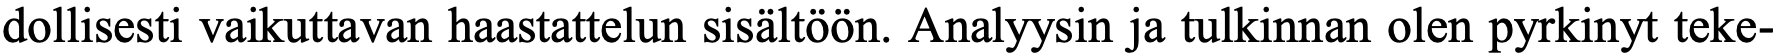
dollisesti vaikuttavan haastattelun sisältöön. Analyysin ja tulkinnan olen pyrkinyt teke-